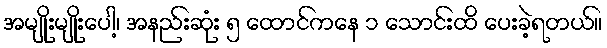
အမျိုးမျိုးပေါ့၊ အနည်းဆုံး ၅ ထောင်ကနေ ၁ သောင်းထိ ပေးခဲ့ရတယ်။